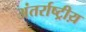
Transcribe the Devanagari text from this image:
अंतर्राष्ट्रीय़